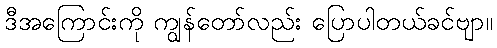
ဒီအကြောင်းကို ကျွန်တော်လည်း ပြောပါတယ်ခင်ဗျာ။